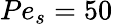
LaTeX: Pe_{s}=50